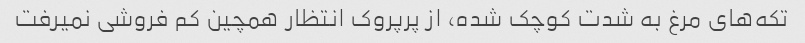
تکه‌های مرغ به شدت کوچک شده، از پرپروک انتظار همچین کم فروشی نمیرفت